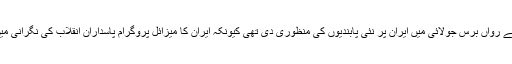
واضح رہے کہ امریکہ نے رواں برس جولائی میں ایران پر نئی پابندیوں کی منظوری دی تھی کیونکہ ایران کا میزائل پروگرام پاسدارانِ انقلاب کی نگرانی میں آگے بڑھایا جا رہا ہے۔